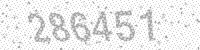
Solution: 286451